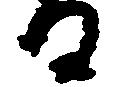
る